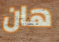
هان